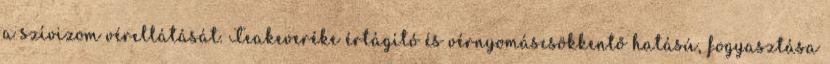
a szívizom vérellátását. Teakeveréke értágító és vérnyomáscsökkentő hatású, fogyasztása